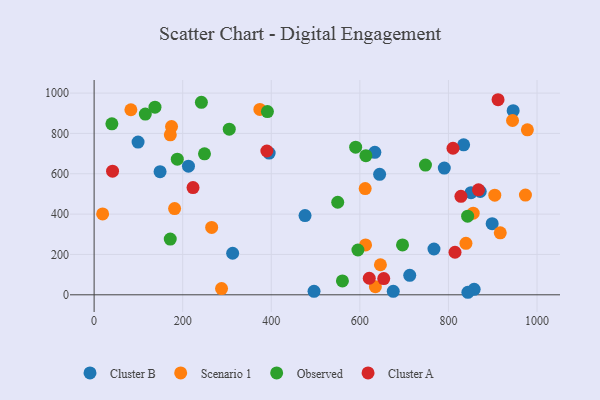
{"axis": {"x": "Engine Size", "y": "Demand"}, "legend": ["Cluster A", "Cluster B", "Observed", "Scenario 1"], "data": [{"x": "476.2", "y": 392.8, "type": "Cluster B"}, {"x": "675.4", "y": 17.2, "type": "Cluster B"}, {"x": "395.2", "y": 702.7, "type": "Cluster B"}, {"x": "850.9", "y": 506.1, "type": "Cluster B"}, {"x": "871.8", "y": 512.0, "type": "Cluster B"}, {"x": "790.6", "y": 628.1, "type": "Cluster B"}, {"x": "99.2", "y": 757.3, "type": "Cluster B"}, {"x": "644.6", "y": 597.3, "type": "Cluster B"}, {"x": "213.0", "y": 637.8, "type": "Cluster B"}, {"x": "858.0", "y": 27.1, "type": "Cluster B"}, {"x": "843.9", "y": 12.5, "type": "Cluster B"}, {"x": "633.8", "y": 706.4, "type": "Cluster B"}, {"x": "767.3", "y": 227.1, "type": "Cluster B"}, {"x": "312.8", "y": 205.9, "type": "Cluster B"}, {"x": "712.6", "y": 96.6, "type": "Cluster B"}, {"x": "148.9", "y": 610.4, "type": "Cluster B"}, {"x": "834.3", "y": 743.2, "type": "Cluster B"}, {"x": "898.7", "y": 352.7, "type": "Cluster B"}, {"x": "496.5", "y": 17.3, "type": "Cluster B"}, {"x": "946.1", "y": 912.7, "type": "Cluster B"}, {"x": "944.7", "y": 863.9, "type": "Scenario 1"}, {"x": "374.2", "y": 918.8, "type": "Scenario 1"}, {"x": "265.4", "y": 333.8, "type": "Scenario 1"}, {"x": "19.2", "y": 400.9, "type": "Scenario 1"}, {"x": "855.9", "y": 404.6, "type": "Scenario 1"}, {"x": "287.7", "y": 30.9, "type": "Scenario 1"}, {"x": "83.0", "y": 917.3, "type": "Scenario 1"}, {"x": "174.8", "y": 833.8, "type": "Scenario 1"}, {"x": "904.6", "y": 493.6, "type": "Scenario 1"}, {"x": "646.4", "y": 148.9, "type": "Scenario 1"}, {"x": "612.8", "y": 247.0, "type": "Scenario 1"}, {"x": "839.5", "y": 255.1, "type": "Scenario 1"}, {"x": "181.7", "y": 427.4, "type": "Scenario 1"}, {"x": "978.2", "y": 817.6, "type": "Scenario 1"}, {"x": "973.8", "y": 494.2, "type": "Scenario 1"}, {"x": "172.0", "y": 793.1, "type": "Scenario 1"}, {"x": "612.0", "y": 526.5, "type": "Scenario 1"}, {"x": "917.0", "y": 307.3, "type": "Scenario 1"}, {"x": "635.0", "y": 40.3, "type": "Scenario 1"}, {"x": "40.1", "y": 847.7, "type": "Observed"}, {"x": "305.1", "y": 821.0, "type": "Observed"}, {"x": "550.0", "y": 458.7, "type": "Observed"}, {"x": "595.6", "y": 222.1, "type": "Observed"}, {"x": "249.2", "y": 698.8, "type": "Observed"}, {"x": "391.3", "y": 908.2, "type": "Observed"}, {"x": "560.6", "y": 68.7, "type": "Observed"}, {"x": "843.3", "y": 389.5, "type": "Observed"}, {"x": "115.6", "y": 895.8, "type": "Observed"}, {"x": "187.8", "y": 672.5, "type": "Observed"}, {"x": "748.1", "y": 642.9, "type": "Observed"}, {"x": "242.2", "y": 954.3, "type": "Observed"}, {"x": "590.5", "y": 731.8, "type": "Observed"}, {"x": "171.9", "y": 276.0, "type": "Observed"}, {"x": "696.3", "y": 247.1, "type": "Observed"}, {"x": "613.6", "y": 689.6, "type": "Observed"}, {"x": "137.4", "y": 930.2, "type": "Observed"}, {"x": "653.9", "y": 80.3, "type": "Cluster A"}, {"x": "912.0", "y": 967.0, "type": "Cluster A"}, {"x": "223.3", "y": 531.5, "type": "Cluster A"}, {"x": "828.2", "y": 488.2, "type": "Cluster A"}, {"x": "390.0", "y": 712.8, "type": "Cluster A"}, {"x": "810.3", "y": 726.5, "type": "Cluster A"}, {"x": "867.8", "y": 520.5, "type": "Cluster A"}, {"x": "814.8", "y": 210.8, "type": "Cluster A"}, {"x": "621.2", "y": 82.0, "type": "Cluster A"}, {"x": "41.6", "y": 612.8, "type": "Cluster A"}]}